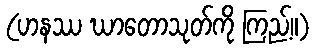
(ဟနဿ ဃာတောသုတ်ကို ကြည့်။)